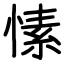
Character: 愫